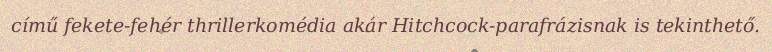
című fekete-fehér thrillerkomédia akár Hitchcock-parafrázisnak is tekinthető.